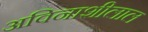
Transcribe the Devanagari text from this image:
अविनाशीलाल